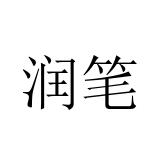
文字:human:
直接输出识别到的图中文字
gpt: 润笔